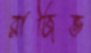
রাজিভ